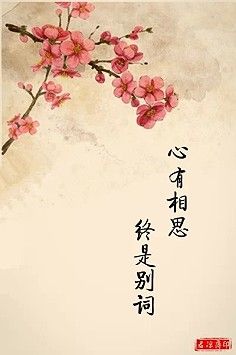
闻君有两意，故来相决绝。